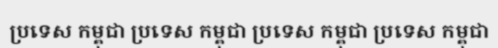
ប្រទេស កម្ពុជា ប្រទេស កម្ពុជា ប្រទេស កម្ពុជា ប្រទេស កម្ពុជា